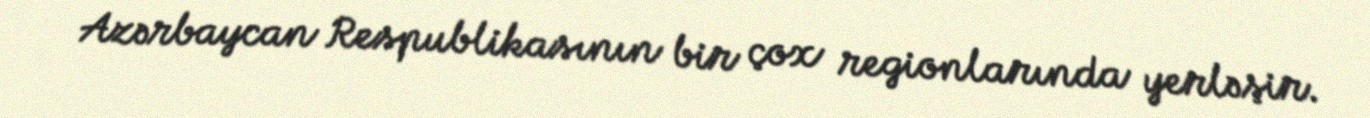
Azərbaycan Respublikasının bir çox regionlarında yerləşir.